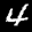
Label: 4